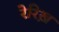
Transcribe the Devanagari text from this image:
रेरिख़